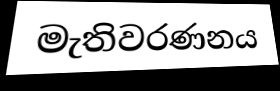
මැතිවරණනය